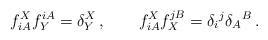
LaTeX: \begin{align*}f_{iA}^X f^{iA}_Y=\delta _Y^X\,,\qquad f^X_{iA}f^{jB}_X=\delta _i{}^j\delta _A{}^B\, . \end{align*}